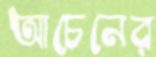
আচেনের